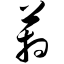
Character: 葙